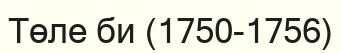
Төле би (1750-1756)